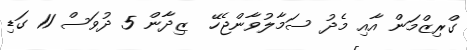
ގްރިޒްމަން އާއި މެދު ސަމާލުވާންޖެހޭ  ޒިދާން 5 ދުވަސް 11 ގަޑި